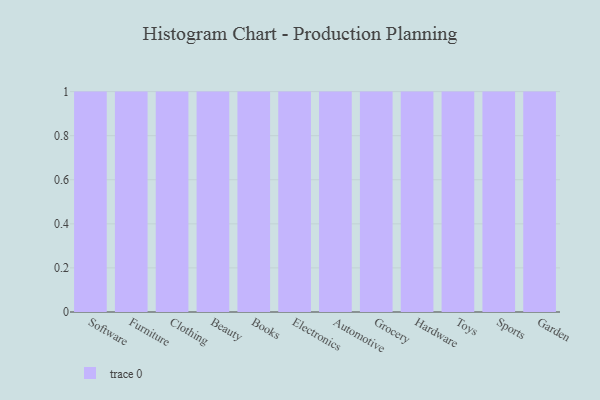
{"axis": {"x": "Category", "y": "Tickets Resolved"}, "legend": [""], "data": [{"x": "Software", "y": 27, "type": ""}, {"x": "Furniture", "y": 64, "type": ""}, {"x": "Clothing", "y": 56, "type": ""}, {"x": "Beauty", "y": 68, "type": ""}, {"x": "Books", "y": 94, "type": ""}, {"x": "Electronics", "y": 3, "type": ""}, {"x": "Automotive", "y": 30, "type": ""}, {"x": "Grocery", "y": 24, "type": ""}, {"x": "Hardware", "y": 43, "type": ""}, {"x": "Toys", "y": 86, "type": ""}, {"x": "Sports", "y": 29, "type": ""}, {"x": "Garden", "y": 10, "type": ""}]}